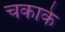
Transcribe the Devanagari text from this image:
चकाके